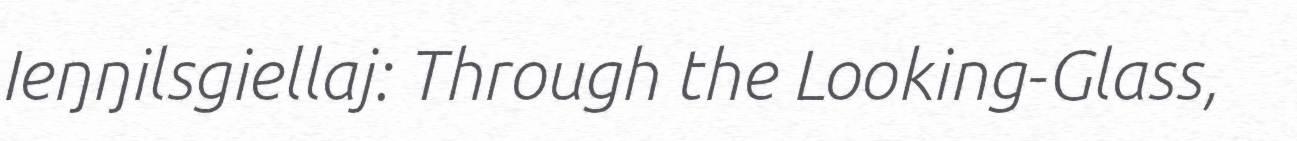
Ieŋŋilsgiellaj: Through the Looking-Glass,